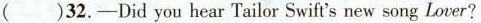
( )32.-Did you hear Tailor Swift's new song Lover?